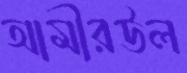
আমীরউল